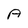
Character: A